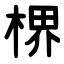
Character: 楐